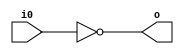
module not32(/*AUTOARG*/
   // Outputs
   o,
   // Inputs
   i0
   );
   input [31:0] i0;
   output [31:0] o;

   /*AUTOWIRE*/
   /*AUTOREG*/

   assign o = ~i0;

endmodule